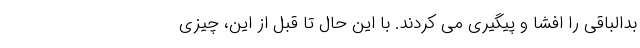
بدالباقی را افشا و پیگیری می کردند. با این حال تا قبل از این، چیزی